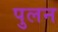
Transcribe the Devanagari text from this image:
पुलन